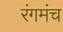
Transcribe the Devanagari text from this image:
रंगमंंच